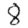
Digit: 8